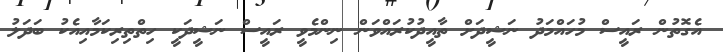
އެގޮތުން ރައީސް މުހައްމަދު ނަޝީދަށް ތާއީދުކުރައްވަން ނިންމެވީ ރައީސް ނަޝީދަކީ ހިތްތިރިކަމާއިއެކު ބަދަލު